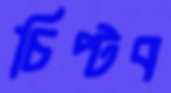
চিপ্‌টব